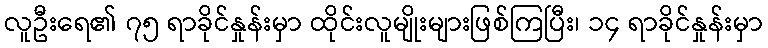
လူဦးရေ၏ ၇၅ ရာခိုင်နှုန်းမှာ ထိုင်းလူမျိုးများဖြစ်ကြပြီး၊ ၁၄ ရာခိုင်နှုန်းမှာ